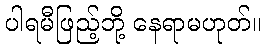
ပါရမီဖြည့်ဘို့ နေရာမဟုတ်။